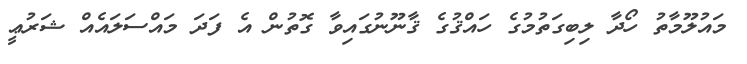
މައުލޫމާތު ހޯދާ ލިބިގަތުމުގެ ހައްޤުގެ ޤާނޫނުގައިވާ ގޮތުން އެ ފަދަ މައްސަލައެއް ޝަރުޢީ